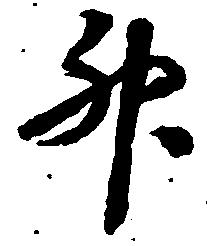
升